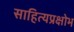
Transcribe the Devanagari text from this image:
साहित्यप्रक्षोभ